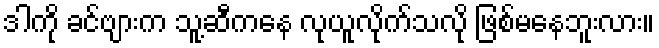
ဒါကို ခင်ဗျားက သူ့ဆီကနေ လုယူလိုက်သလို ဖြစ်မနေဘူးလား။